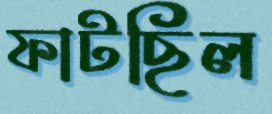
ফাটছিল